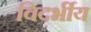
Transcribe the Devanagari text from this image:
विदर्भीय